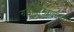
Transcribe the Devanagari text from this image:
गडीहिन्ग्लजच्या